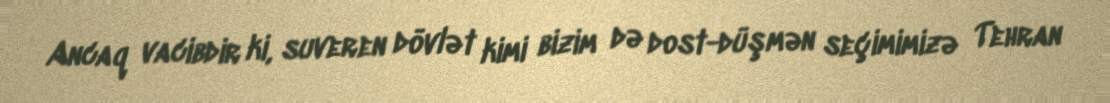
Ancaq vacibdir ki, suveren dövlət kimi bizim də dost-düşmən seçimimizə Tehran